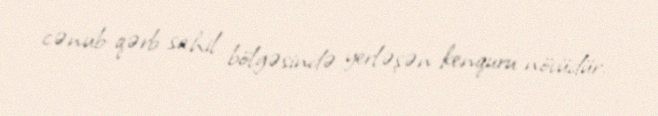
cənub-qərb sahil bölgəsində yerləşən kenquru növüdür.